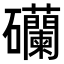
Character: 𥗺